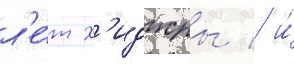
л'е́т х'иджры / и́